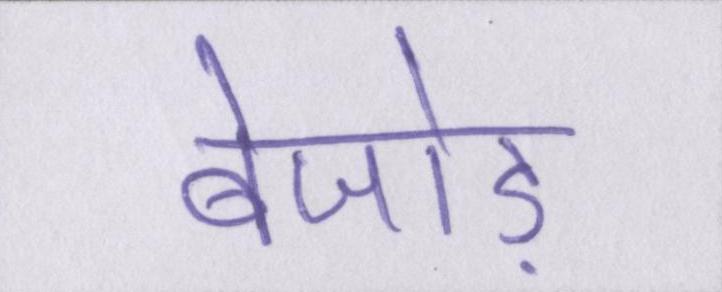
बेजोड़